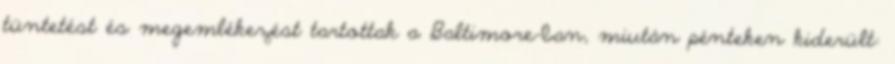
tüntetést és megemlékezést tartottak a Baltimore-ban, miután pénteken kiderült: